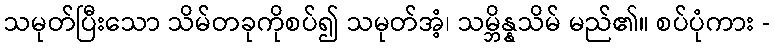
သမုတ်ပြီးသော သိမ်တခုကိုစပ်၍ သမုတ်အံ့၊ သမ္ဘိန္နသိမ် မည်၏။ စပ်ပုံကား -